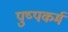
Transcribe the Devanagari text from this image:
पुष्पकर्म